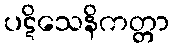
ပဋိသေနိကတ္တာ